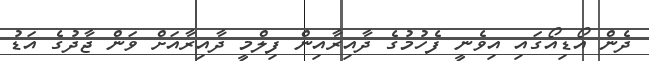
ދެން އޯޑިއޯގައި އިވެނީ ފެހުމުގެ ދާއިރާއިން ފިލްމީ ދާއިރާއަށް ވަން ޖާދުގެ އަޑު